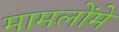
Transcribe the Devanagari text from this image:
मामलोंमे